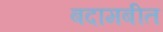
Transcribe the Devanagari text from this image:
बदामबीत